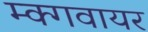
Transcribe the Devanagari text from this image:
म्क्गवायर